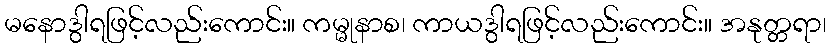
မနောဒွါရဖြင့်လည်းကောင်း။ ကမ္မုနာစ၊ ကာယဒွါရဖြင့်လည်းကောင်း။ အနုတ္တရာ၊